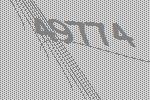
49774